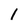
Character: 1